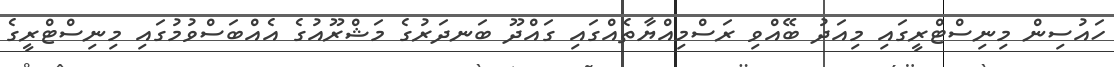
ހައުސިން މިނިސްޓްރީގައި މިއަދު ބޭއްވި ރަސްމިއްޔާތެއްގައި ގައްދޫ ބަނދަރުގެ މަޝްރޫއުގެ އެއްބަސްވުމުގައި މިނިސްޓްރީގެ